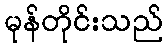
မုန်တိုင်းသည်